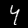
Label: 4